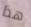
هذا